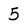
Character: 5